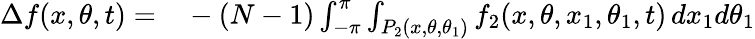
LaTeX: \begin{array}{rl}{\Delta f(x,\theta,t)=}&{{}-(N-1)\int_{-\pi}^{\pi}\int_{P_{2}(x,\theta,\theta_{1})}f_{2}(x,\theta,x_{1},\theta_{1},t)\, dx_{1}d\theta_{1}}\end{array}